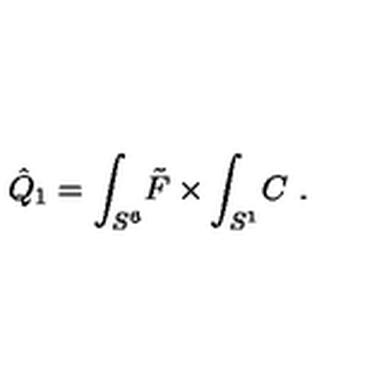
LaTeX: \hat { Q } _ { 1 } = \int _ { S ^ { 6 } } \! \tilde { F } \times \int _ { S ^ { 1 } } \! C \ .